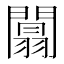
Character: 闒